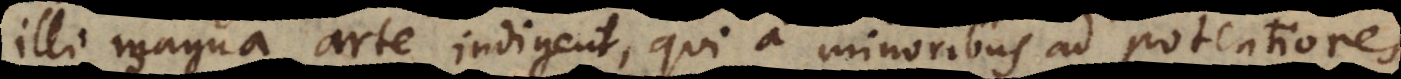
illi magna arte indigent, qui a minoribus ad potentiores